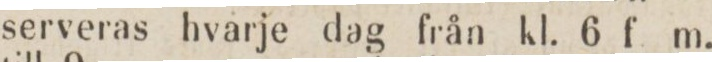
serveras hvarje dag från kl. 6 f. m.